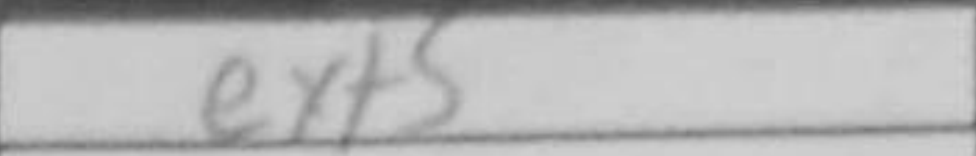
Transcription: exf5